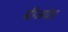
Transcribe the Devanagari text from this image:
बीजयंत्र